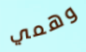
وهمي